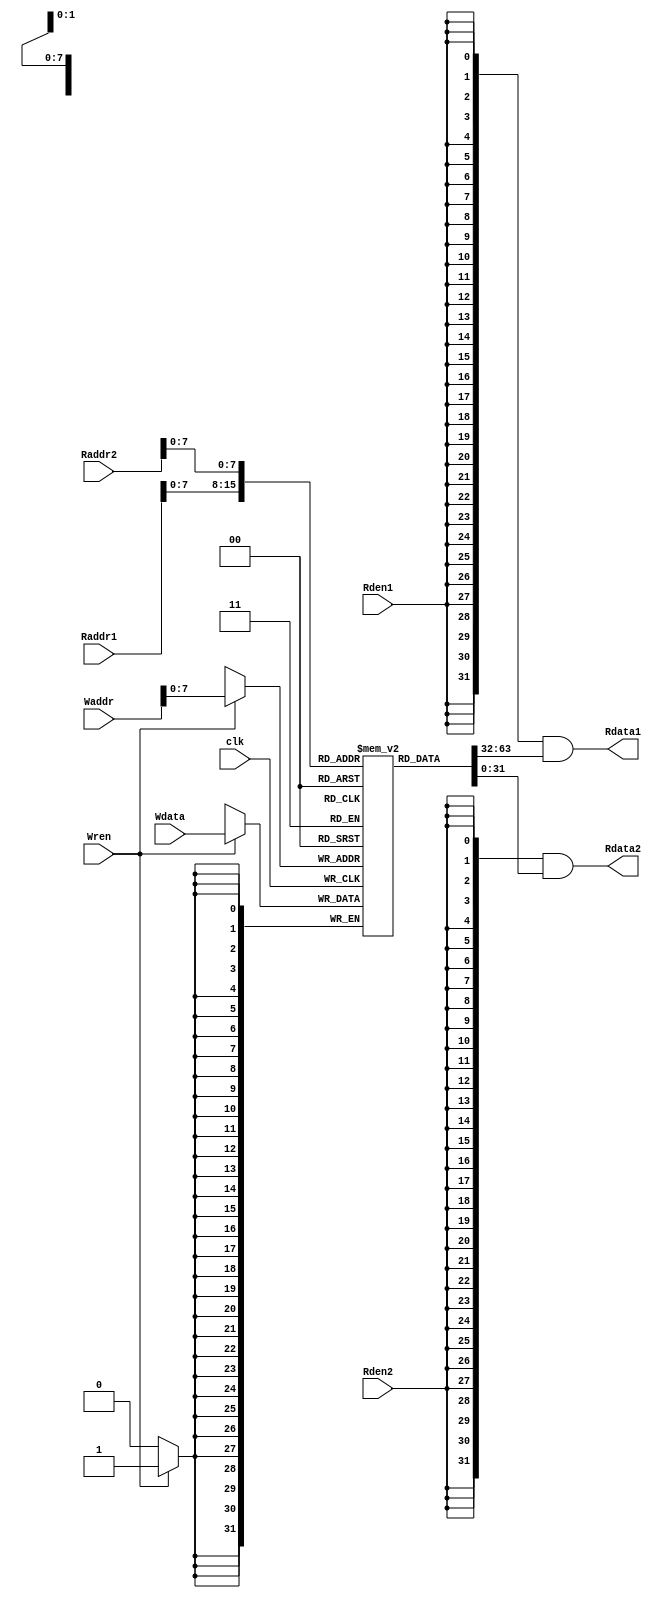
/* =========================================
* Ideal Memory Module for MIPS CPU Core
* Synchronize write (clock enable)
* Asynchronize read (do not use clock signal)
*
* Version: v0.0.1
*===========================================
*/

`timescale 1 ps / 1 ps

module ideal_mem #(
	parameter ADDR_WIDTH = 10,
	parameter MEM_WIDTH = 2 ** (ADDR_WIDTH - 2)
	) (
	input			clk,			//source clock of the MIPS CPU Evaluation Module

	input [ADDR_WIDTH - 1:0]	Waddr,			//Memory write port address
	input [ADDR_WIDTH - 1:0]	Raddr1,			//Read port 1 address
	input [ADDR_WIDTH - 1:0]	Raddr2,			//Read port 2 address

	input			Wren,			//write enable
	input			Rden1,			//port 1 read enable
	input			Rden2,			//port 2 read enable

	input [31:0]	Wdata,			//Memory write data
	output [31:0]	Rdata1,			//Memory read data 1
	output [31:0]	Rdata2			//Memory read data 2
);

reg [31:0]	mem [MEM_WIDTH - 1:0];

`define ADDIU(rt, rs,   imm)    {6'b001001, rs,   rt, imm};
//`define LW   (rt, base, offset) {6'b100011, base, rt, offset};
//`define SW   (rt, base, offset) {6'b101011, base, rt, offset};
//`define BNE  (rt, rs,   offset) {6'b000101, base, rt, offset};
//`define NOP                {32'b0};

`ifdef MIPS_CPU_SIM

    parameter LW    = 6'b100011;
    parameter SW    = 6'b101011;
    parameter BNE   = 6'b000101;
    parameter NOP   = 32'b0;    
	//Add memory initialization here
	initial begin
		mem[0] = `ADDIU(5'd1, 5'd0, 16'd100);
		//TODO: Please update the memory initialization with your owm instructions and data
		//each initialization data is 32-bit
		//e.g.,
		//mem[0] = `ADDID(5'd2, 5'd0, 16'd10);
		//mem[1] = xxxx;
		//mem[2] = xxxx;
		
		//test: ADDIU
		mem[1] = `ADDIU(5'd1, 5'd0, 16'd101);
		mem[2] = `ADDIU(5'd2, 5'd0, 16'd100);
		mem[3] = `ADDIU(5'd2, 5'd1, 16'd7);
		mem[4] = `ADDIU(5'd0, 5'd1, 16'd7);
		mem[5] = `ADDIU(5'd2, 5'd2, 16'd9);
		
		//////////////////////////////////////////////////////////////////////////////
		//lwsw
				
		//200-209:lw
		mem[200] = 12;
		mem[201] = 24;
		mem[202] = 36;
		mem[203] = 48;
		mem[204] = 60;
        mem[205] = 72;
        
        //210-219:sw
        
        //230--:bne
        
        ////////////////////////////////////////////////////////////////////////////
        //testsw
        //reg
        //
        mem[11] = `ADDIU(5'd1, 5'd0, 16'd1);
        mem[12] = `ADDIU(5'd2, 5'd0, 16'd2);
        mem[13] = `ADDIU(5'd3, 5'd0, 16'd3);
        mem[14] = `ADDIU(5'd4, 5'd0, 16'd4);
        mem[15] = `ADDIU(5'd5, 5'd0, 16'd5);
                
        //
        //reg4
        //210--214
        mem[16] = `ADDIU(5'd6, 5'd0, 16'd840);
        mem[17] = `ADDIU(5'd7, 5'd0, 16'd844);
        mem[18] = `ADDIU(5'd8, 5'd0, 16'd848);
        mem[19] = `ADDIU(5'd9, 5'd0, 16'd852);
        mem[20] = `ADDIU(5'd10, 5'd0, 16'd856);
        
        //sw
        mem[21] =  {SW, 5'd6,5'd1, 16'd0};//mem 210
        //memsw
        mem[22] =  {SW, 5'd7,5'd1, 16'd0};//mem 211
        mem[23] =  {SW, 5'd7,5'd2, 16'd0};//mem 211
        //0
        mem[24] =  {SW, 5'd9,5'd3, 16'b1111_1111_1111_1100};//-1 mem 212
        mem[25] =  {SW, 5'd9,5'd4, 16'd0}; //mem 213
        mem[26] =  {SW, 5'd9,5'd5, 16'd4}; //mem 214
        
        ////////////////////////////////////////////////////////////////////////////////
        //test:lw
        //reg
        //
        //reg 1~5lwlw0
        mem[41] = `ADDIU(5'd1, 5'd0, 16'd0);
        mem[42] = `ADDIU(5'd2, 5'd0, 16'd0);
        mem[43] = `ADDIU(5'd3, 5'd0, 16'd0);
        mem[44] = `ADDIU(5'd4, 5'd0, 16'd0);
        mem[45] = `ADDIU(5'd5, 5'd0, 16'd0);
        //
        mem[46] = `ADDIU(5'd6, 5'd0, 16'd800);
        mem[47] = `ADDIU(5'd7, 5'd0, 16'd804);
        mem[48] = `ADDIU(5'd8, 5'd0, 16'd808);
        mem[49] = `ADDIU(5'd9, 5'd0, 16'd812);
        mem[50] = `ADDIU(5'd10, 5'd0, 16'd816);
        /*
        //rt
        //11~160-5
        mem[51] = `ADDIU(5'd11, 5'd0, 16'd0);
        mem[52] = `ADDIU(5'd12, 5'd0, 16'd1);
        mem[53] = `ADDIU(5'd13, 5'd0, 16'd2);
        mem[54] = `ADDIU(5'd14, 5'd0, 16'd3);
        mem[55] = `ADDIU(5'd15, 5'd0, 16'd4);                
        mem[56] = `ADDIU(5'd16, 5'd0, 16'd5);      
        */
        
        //sw
        //lw 0
        mem[70] = {LW, 5'd6,5'd0, 16'd0};
        //lw
        mem[71] = {LW, 5'd6,5'd1, 16'd0};
        //lw
        mem[72] = {LW, 5'd6,5'd2, 16'd0};
        mem[73] = {LW, 5'd7,5'd2, 16'd4};
        //
        mem[74] = {LW, 5'd9,5'd3, 16'b1111_1111_1111_1100};
        mem[75] = {LW, 5'd9,5'd4, 16'd0};
        mem[76] = {LW, 5'd9,5'd5, 16'd4};
		
		//test:BNE
		//reg
		mem[91] = `ADDIU(5'd1, 5'd0, 16'd1 );
		mem[92] = `ADDIU(5'd2, 5'd0, 16'd1 );
		mem[93] = `ADDIU(5'd3, 5'd0, 16'd3 );
		mem[94] = `ADDIU(5'd4, 5'd0, 16'd3 );
		mem[95] = `ADDIU(5'd5, 5'd0, 16'd5 );
		mem[96] = `ADDIU(5'd10, 5'd0, 16'd920);
		//BNE
		//
		mem[100] = {BNE, 5'd1, 5'd1, 16'd2};
		//
		mem[101] = {BNE, 5'd2, 5'd1, 16'd2}; //
		mem[102] = {BNE, 5'd3, 5'd1, 16'd2}; //105
		mem[103] = `ADDIU(5'd28, 5'd0, 16'd123); //
		mem[104] = {SW, 5'd10, 5'd5, 16'd4}; 	//
		
		//
		mem[105] = `ADDIU(5'd2, 5'd2, 16'd1 ); //mem[108]
		mem[106] = NOP; 	//
		mem[107] = {SW, 5'd10, 5'd1, 16'd8};
		mem[108] = {BNE, 5'd2, 5'd5, 16'b1111_1111_1111_1100}; //reg[1]5
		//
		mem[109] = `ADDIU(5'd15, 5'd15, 16'b0011_1111_1111_1111 );
		mem[110] = {BNE, 5'd0, 5'd1, 16'b1111_1111_1111_1110};
		
/*		
		//reg
		mem[6]  = `ADDIU(5'd6,  5'd0, 16'd600);
		mem[7]  = `ADDIU(5'd7,  5'd0, 16'd700);
		mem[8]  = `ADDIU(5'd8,  5'd0, 16'd800);
		mem[9]  = `ADDIU(5'd9,  5'd0, 16'd600);
		mem[10] = `ADDIU(5'd10, 5'd0, 16'd700);
		mem[11] = `ADDIU(5'd11, 5'd0, 16'd820);
		
		//test: NOP
		mem[12] = NOP;
		mem[13] = `ADDIU(5'd13, 5'd0, 16'd16);
		mem[14] = `ADDIU(5'd14, 5'd0, 16'd17);
		mem[15] = `ADDIU(5'd15, 5'd0, 16'd18);
		
	   mem[16] = `ADDIU(5'd16, 5'd0, 16'd160);
	   mem[17] = `ADDIU(5'd17, 5'd0, 16'd170);
	   mem[18] = `ADDIU(5'd18, 5'd0, 16'd180);
	   mem[19]  = NOP;
		//test: BNE
		

		
		//test: LW
		
	    mem[20] = {LW, 5'd25,5'd16, 16'd0};
	    mem[21] = {LW, 5'd25,5'd17, 16'd2};
	    mem[22] = {LW, 5'd27,5'd18, 16'd1111_1111_1111_1110};
		
		mem[25]= 32'd250;
		mem[26]= 32'd260;
		mem[27]= 32'd270;
		
		//test: SW
		mem[30] = {SW, 5'd6,5'd6, 16'd0};
		mem[31] = {SW, 5'd6,5'd7, 16'd12};
		mem[32] = {SW, 5'd7,5'd7, 16'd8};
		mem[33] = {SW, 5'd7,5'd7, 16'b1111_1111_1111_1000};
		*/
	end
`endif

always @ (posedge clk)
begin
	if (Wren)
		mem[Waddr] <= Wdata;
end

assign Rdata1 = {32{Rden1}} & mem[Raddr1];
assign Rdata2 = {32{Rden2}} & mem[Raddr2];

endmodule